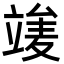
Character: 𥪣